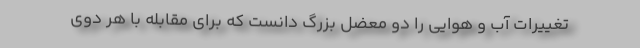
تغییرات آب و هوایی را دو معضل بزرگ دانست که برای مقابله با هر دوی